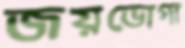
জয়ভোগা